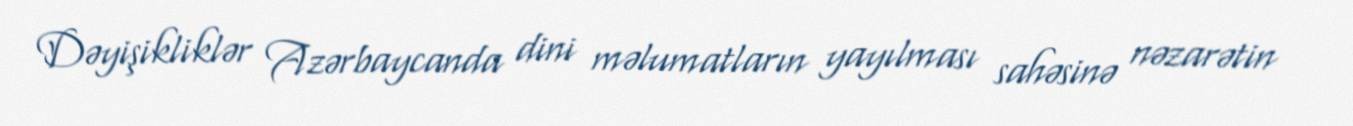
Dəyişikliklər Azərbaycanda dini məlumatların yayılması sahəsinə nəzarətin